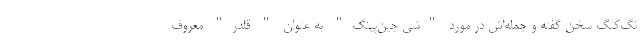
نگ‌کنگ سخن گفته و جمله‌اش در مورد "شی جین‌پینگ" به عنوان " قلدر" معروف